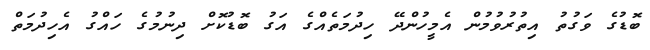
ބޮޑުގެ ވަގުތު އިތުރުވުމުން އެމީހުންދޭ ހިދުމަތެއްގެ އަގު ބޮޑުކޮށް ދިނުމުގެ ހައްގު އެހިދުމަތް